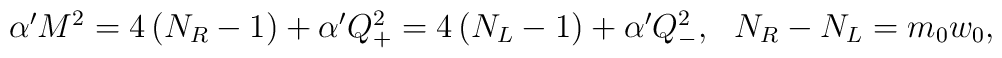
\begin{array}{cc}\alpha ^{\prime }M^2=4\left( N_R-1\right) +\alpha ^{\prime }Q_{+}^2=4\left(N_L-1\right) +\alpha ^{\prime }Q_{-}^2, & N_R-N_L=m_0w_0,\end{array}